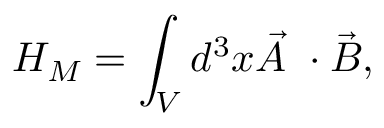
{ \cal H } _ { M } = \int _ { V } d ^ { 3 } x \vec { A } ~ \cdot \vec { B } ,